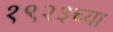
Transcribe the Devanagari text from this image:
१९२३च्या